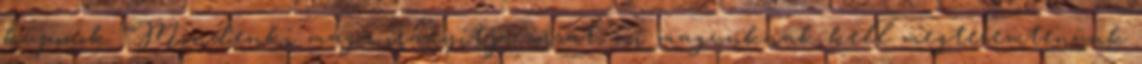
kuponok: “Mindenki maga irányítja sorsát; mi magunknak kell megteremtenünk